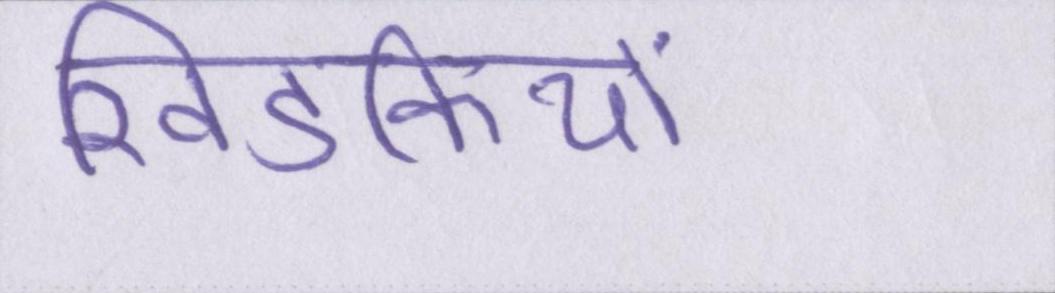
खिडकियों